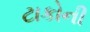
ટાકોની